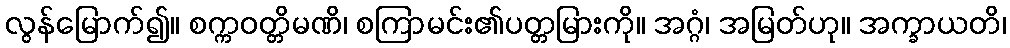
လွန်မြောက်၍။ စက္ကဝတ္တိမဏိ၊ စကြာမင်း၏ပတ္တမြားကို။ အဂ္ဂံ၊ အမြတ်ဟု။ အက္ခာယတိ၊